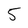
Character: 5